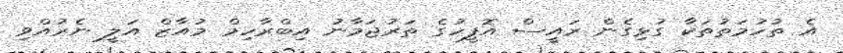
އެ ތުހުމަތުތަކާ ގުޅިގެން ރައީސް އޮފީހުގެ ތަރުޖަމާނު އިބްރާހިމް މުއާޒް އަލީ ނެރުއްވި